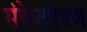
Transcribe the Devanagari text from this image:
संकेतप्रेषण